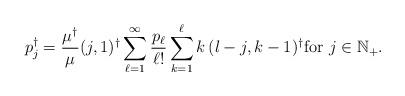
LaTeX: \begin{align*}p^{\dagger}_j = \frac{\mu^{\dagger}}{\mu} (j,1)^{\dagger} \sum_{\ell = 1}^\infty \frac{p_{\ell}}{\ell!} \sum_{k = 1}^{\ell} k \, (l-j,k-1)^{\dagger}\mbox{for } j \in \mathbb{N}_{+}.\end{align*}